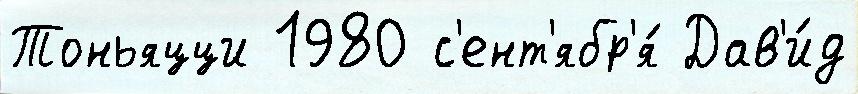
Тоньяцци 1980 с'ент'ябр'я́ Дав'и́д